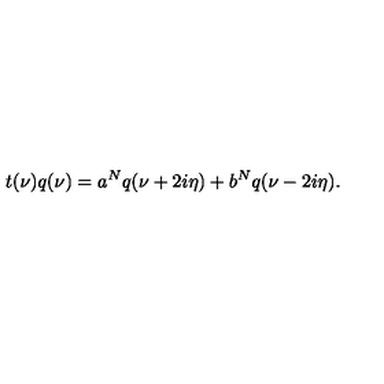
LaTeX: t ( \nu ) q ( \nu ) = a ^ { N } q ( \nu + 2 i \eta ) + b ^ { N } q ( \nu - 2 i \eta ) .